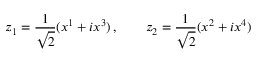
z _ { 1 } = \frac { 1 } { \sqrt { 2 } } ( x ^ { 1 } + i x ^ { 3 } ) \, , \qquad z _ { 2 } = \frac { 1 } { \sqrt { 2 } } ( x ^ { 2 } + i x ^ { 4 } )